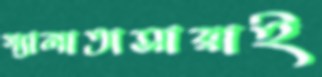
গ্যালাতাসারাই